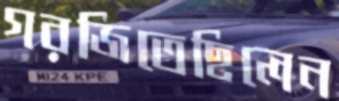
গরজিতেছিলেন